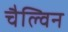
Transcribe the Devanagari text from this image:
चैल्विन